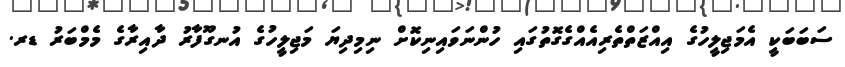
ސަބަބަކީ އެމަޖިލީހުގެ އިއްޒަތްތެރިއެއްގެގޮތުގައި ހުންނަވައިނިކޮށް ނިމިދިޔަ މަޖިލީހުގެ އުނގޫފާރު ދާއިރާގެ މެމްބަރު ޑރ.